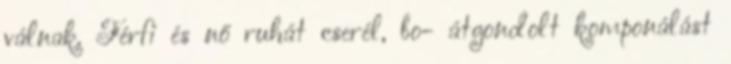
válnak. Férfi és nő ruhát cserél, bo- átgondolt komponálást